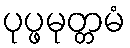
ပုပ္ဖမုတ္တမံ